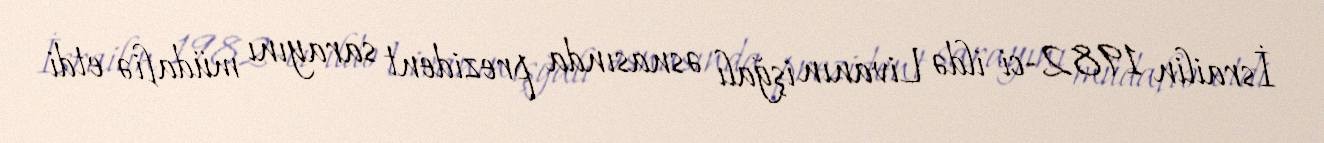
İsrailin 1982-ci ildə Livanın işğalı əsnasında prezident sarayını müdafiə etdi